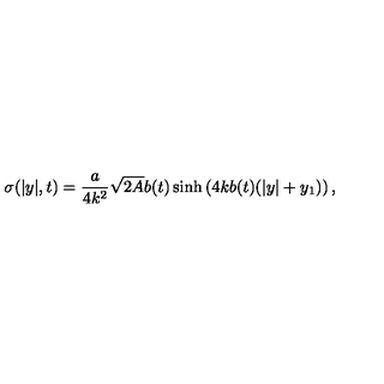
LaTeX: \sigma ( | y | , t ) = \frac { a } { 4 k ^ { 2 } } \sqrt { 2 A } b ( t ) \sinh \left( 4 k b ( t ) ( | y | + y _ { 1 } ) \right) ,